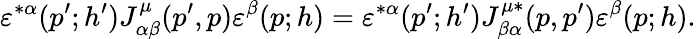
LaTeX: \varepsilon^{*\alpha}(p^{\prime};h^{\prime})J_{\alpha\beta}^{\mu}(p^{\prime},p)\varepsilon^{\beta}(p;h)=\varepsilon^{*\alpha}(p^{\prime};h^{\prime})J_{\beta\alpha}^{\mu*}(p,p^{\prime})\varepsilon^{\beta}(p;h).